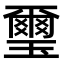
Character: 璽